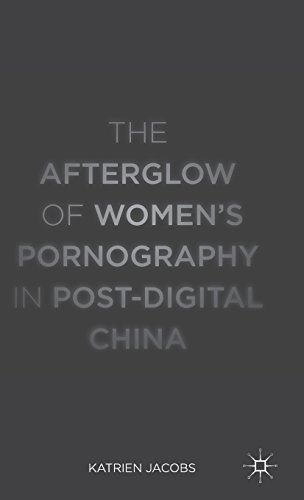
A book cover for The Afterglow of Women's Pornography in Post-Digital China; Katrien Jacobs; Politics & Social Sciences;